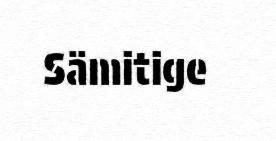
Sämitige